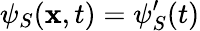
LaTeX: \psi_{S}(\mathbf{x},t)=\psi_{S}^{\prime}(t)